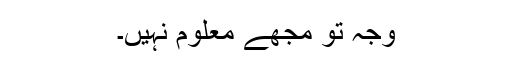
وجہ تو مجھے معلوم نہیں۔